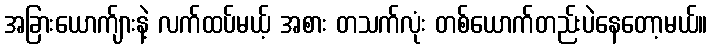
အခြားယောက်ျားနဲ့ လက်ထပ်မယ့် အစား တသက်လုံး တစ်ယောက်တည်းပဲနေတော့မယ်။